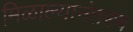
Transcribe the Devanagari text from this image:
मिळाल्यानंतरच